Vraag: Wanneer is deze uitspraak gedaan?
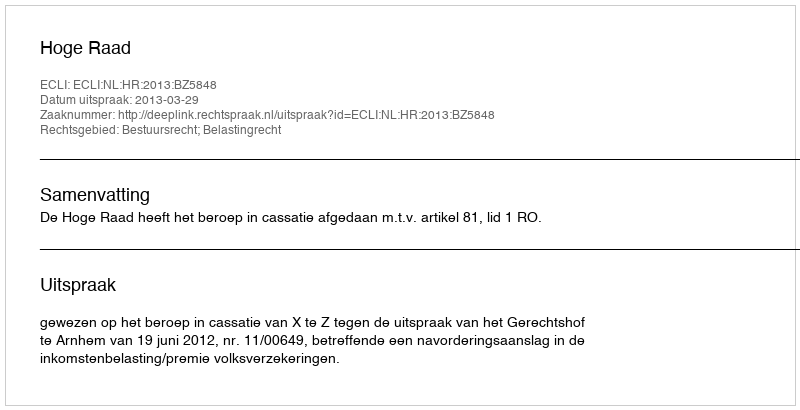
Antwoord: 2013-03-29